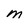
Character: M